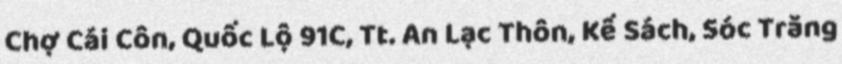
Chợ Cái Côn, Quốc Lộ 91C, Tt. An Lạc Thôn, Kế Sách, Sóc Trăng